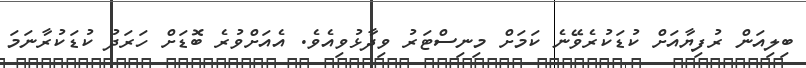
ބިލިއަން ރުފިޔާއަށް ކުޑަކުރެވޭނެ ކަމަށް މިނިސްޓަރު ވިދާޅުވިއެވެ. އެއަށްވުރެ ބޮޑަށް ހަރަދު ކުޑަކުރާނަމަ